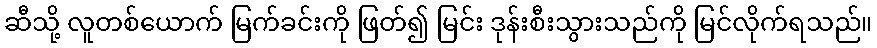
ဆီသို့ လူတစ်ယောက် မြက်ခင်းကို ဖြတ်၍ မြင်း ဒုန်းစီးသွားသည်ကို မြင်လိုက်ရသည်။